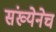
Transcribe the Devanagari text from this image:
संख्येनेच